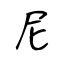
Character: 尼